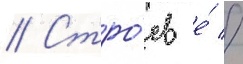
// Стро́ев е́ //